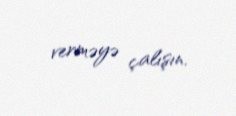
verməyə çalışın.